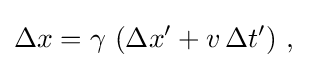
\Delta x=\gamma \ (\Delta x'+v\,\Delta t')\ ,\